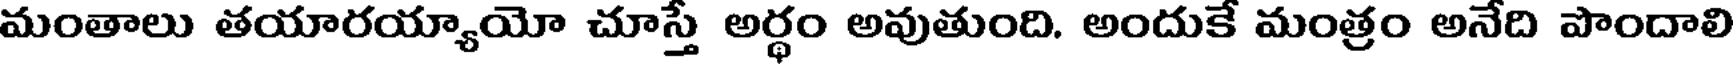
మంతాలు తయారయ్యాయో చూస్తే అర్థం అవుతుంది. అందుకే మంత్రం అనేది పొందాలి